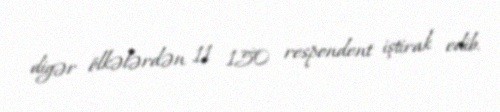
digər ölkələrdən 11 150 respondent iştirak edib.